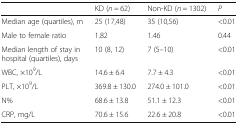
<table><thead><tr><td></td><td><b>KD (<i>n</i> = 62)</b></td><td><b>Non-KD (<i>n</i> = 1302)</b></td><td><b><i>P</i></b></td></tr></thead><tbody><tr><td>Median age (quartiles), m</td><td>25 (17,48)</td><td>35 (10,56)</td><td>&lt;0.01</td></tr><tr><td>Male to female ratio</td><td>1.82</td><td>1.46</td><td>0.44</td></tr><tr><td>Median length of stay in hospital (quartiles), days</td><td>10 (8, 12)</td><td>7 (5–10)</td><td>&lt;0.01</td></tr><tr><td>WBC, ×10<sup>9</sup>/L</td><td>14.6 ± 6.4</td><td>7.7 ± 4.3</td><td>&lt;0.01</td></tr><tr><td>PLT, ×10<sup>9</sup>/L</td><td>369.8 ± 130.0</td><td>274.0 ± 101.0</td><td>&lt;0.01</td></tr><tr><td>N%</td><td>68.6 ± 13.8</td><td>51.1 ± 12.3</td><td>&lt;0.01</td></tr><tr><td>CRP, mg/L</td><td>70.6 ± 15.6</td><td>22.6 ± 20.8</td><td>&lt;0.01</td></tr></tbody></table>